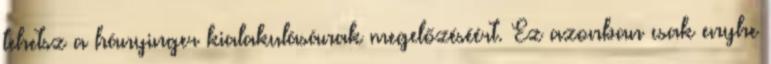
tehetsz a hányinger kialakulásának megelőzéséért. Ez azonban csak enyhe